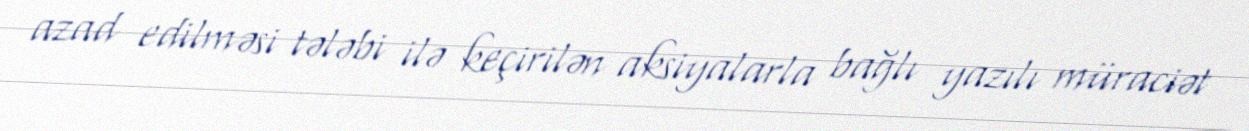
azad edilməsi tələbi ilə keçirilən aksiyalarla bağlı yazılı müraciət